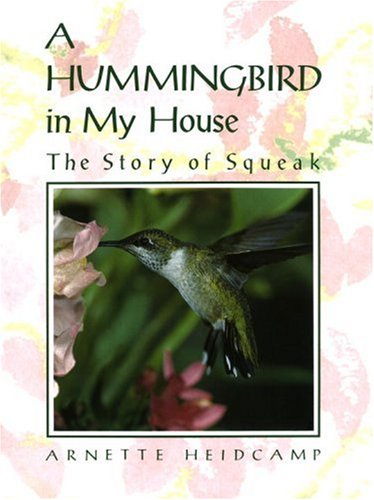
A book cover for A Hummingbird in My House: The Story of Squeak; Arnette Heidcamp; Science & Math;